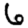
Digit: 6